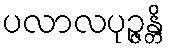
ပလာလပုဉ္ဇန္တိ